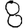
Digit: 8